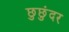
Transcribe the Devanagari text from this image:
छुछुंदर